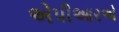
એપીઆરએ